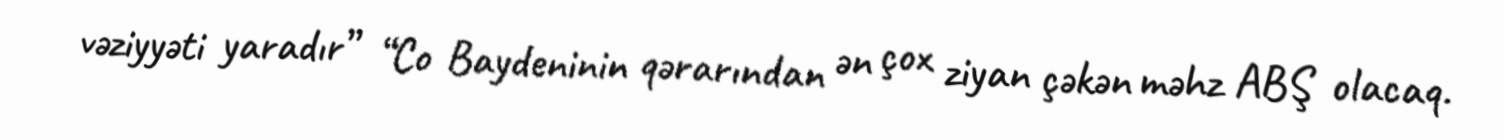
vəziyyəti yaradır” “Co Baydeninin qərarından ən çox ziyan çəkən məhz ABŞ olacaq.